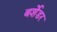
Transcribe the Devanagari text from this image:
बर्शेडर